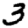
Digit: 3